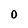
Character: O